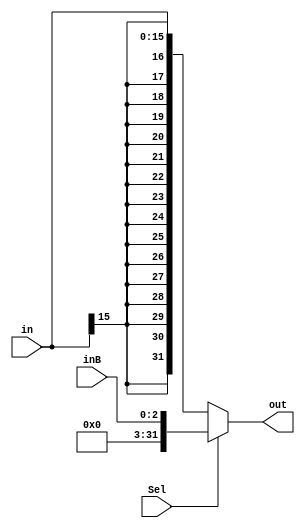
module SignExtension2(
		input [15:0]in, 
		output reg [31:0] out,
		input [2:0]inB,
		input Sel
		);


	
	always@(in,inB,Sel)begin
	
	if(Sel == 1) begin
		out <= {{29{0}}, inB[2:0]};
	end
	
	
	else begin
		out <= {{16{in[15]}}, in[15:0]};
	end
	
	end
	



	

	


endmodule